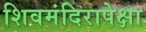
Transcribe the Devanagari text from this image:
शिवमंदिरापेक्षा